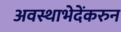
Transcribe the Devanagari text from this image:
अवस्थाभेदेंकरुन